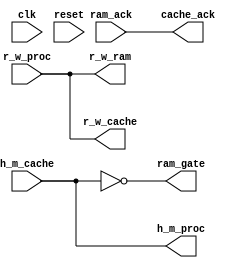
`timescale 1ns / 1ps
//////////////////////////////////////////////////////////////////////////////////
// Company: 
// Engineer: 
// 
// Design Name: 
// Module Name: controller
// Project Name: 
// Target Devices: 
// Tool Versions: 
// Description: 
// 
// Dependencies: 
// 
// Revision:
// Revision 0.01 - File Created
// Additional Comments:
// 
//////////////////////////////////////////////////////////////////////////////////


module controller(
    input h_m_cache,
    output wire h_m_proc,
    input r_w_proc,
    output wire r_w_cache,
    output wire r_w_ram,
    input ram_ack,
    output wire ram_gate,
    output wire cache_ack,
    input clk,
    input reset
    );

assign h_m_proc = h_m_cache;
assign cache_ack = ram_ack;
assign r_w_cache = r_w_proc;
assign r_w_ram = r_w_proc;
// ram should only be active on a miss
assign ram_gate = ~(h_m_cache);

//always@(negedge clk)
//begin
//    // forward the signals synchronously
//    cache_ack <= ram_ack;
//    //h_m_proc <= h_m_cache;
//    r_w_cache <= r_w_proc;
//    r_w_ram <= r_w_proc;
//    // ram should only be active on a miss
//    ram_gate <= ~(h_m_cache);
//end

//always@(negedge reset)
//begin
//    {r_w_cache, r_w_ram, cache_ack, ram_gate} = 4'b0000;
//end

endmodule